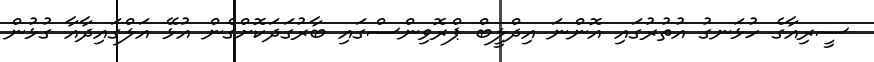
ސީރިއާގެ ހުޅަނގު އުތުރުގައި އޮންނަ އިދްލީބް ޕްރޮވިންސްގައި ބާރުގަދަކޮށްގެން އުޅޭ އަލްގައިދާއާ ގުޅުން